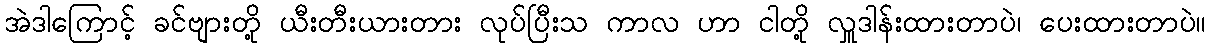
အဲဒါကြောင့် ခင်ဗျားတို့ ယီးတီးယားတား လုပ်ပြီးသ ကာလ ဟာ ငါတို့ လှူဒါန်းထားတာပဲ၊ ပေးထားတာပဲ။